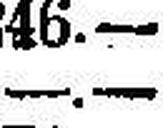
—.—